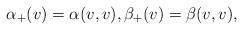
LaTeX: \begin{align*} \alpha_+(v)=\alpha(v,v),\beta_+(v)=\beta(v,v),\end{align*}